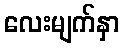
လေးမျက်နှာ